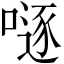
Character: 𠽖